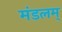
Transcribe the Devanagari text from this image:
मंडलम्‌